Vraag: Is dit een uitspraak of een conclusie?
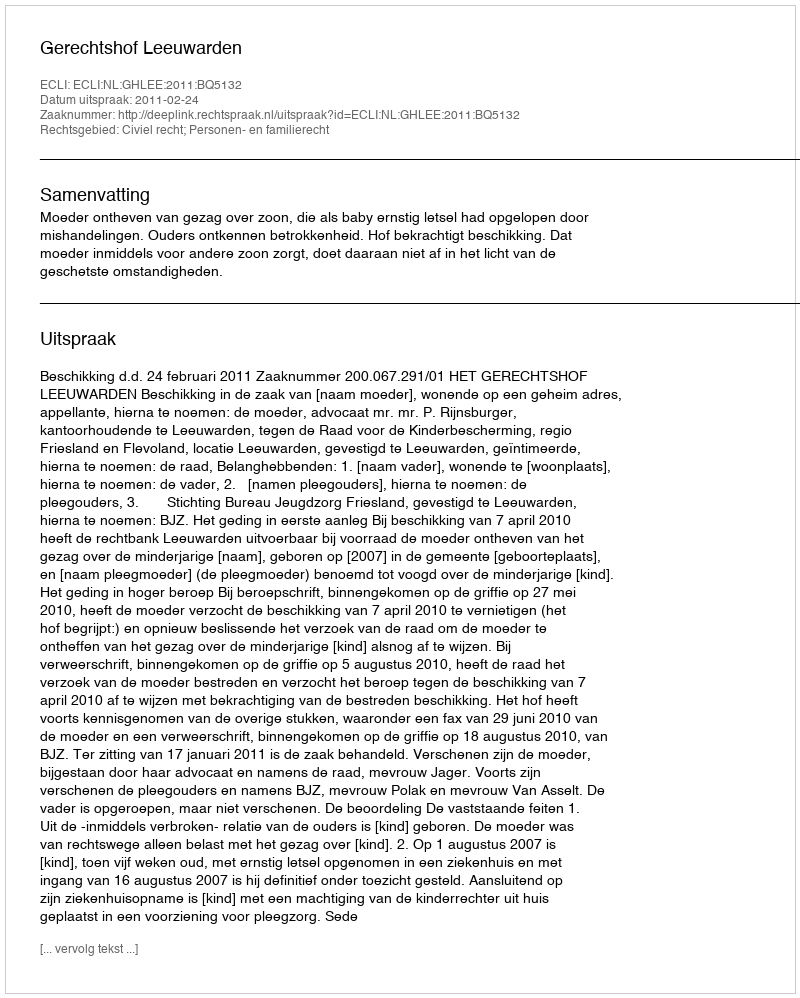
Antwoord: Uitspraak